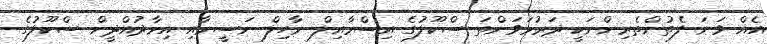
އެއް ވަނަ ފެތުންތެރިންނަކީ ދަރުމަވަންތަ ސްކޫލުގެ އިސްމާއިލް ނާހިލް ނަސީމާއި އިމާދުއްދީން ސްކޫލުގެ